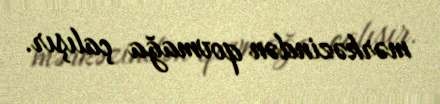
mərkəzindən qovmağa çalışır.